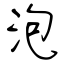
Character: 泡